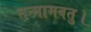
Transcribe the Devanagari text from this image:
तन्मामवतु।